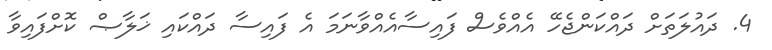
4. ދައުލަތަށް ދައްކަންޖެހޭ އެއްވެސް ފައިސާއެއްވާނަމަ އެ ފައިސާ ދައްކައި ޚަލާޞް ކޮށްފައިވާ